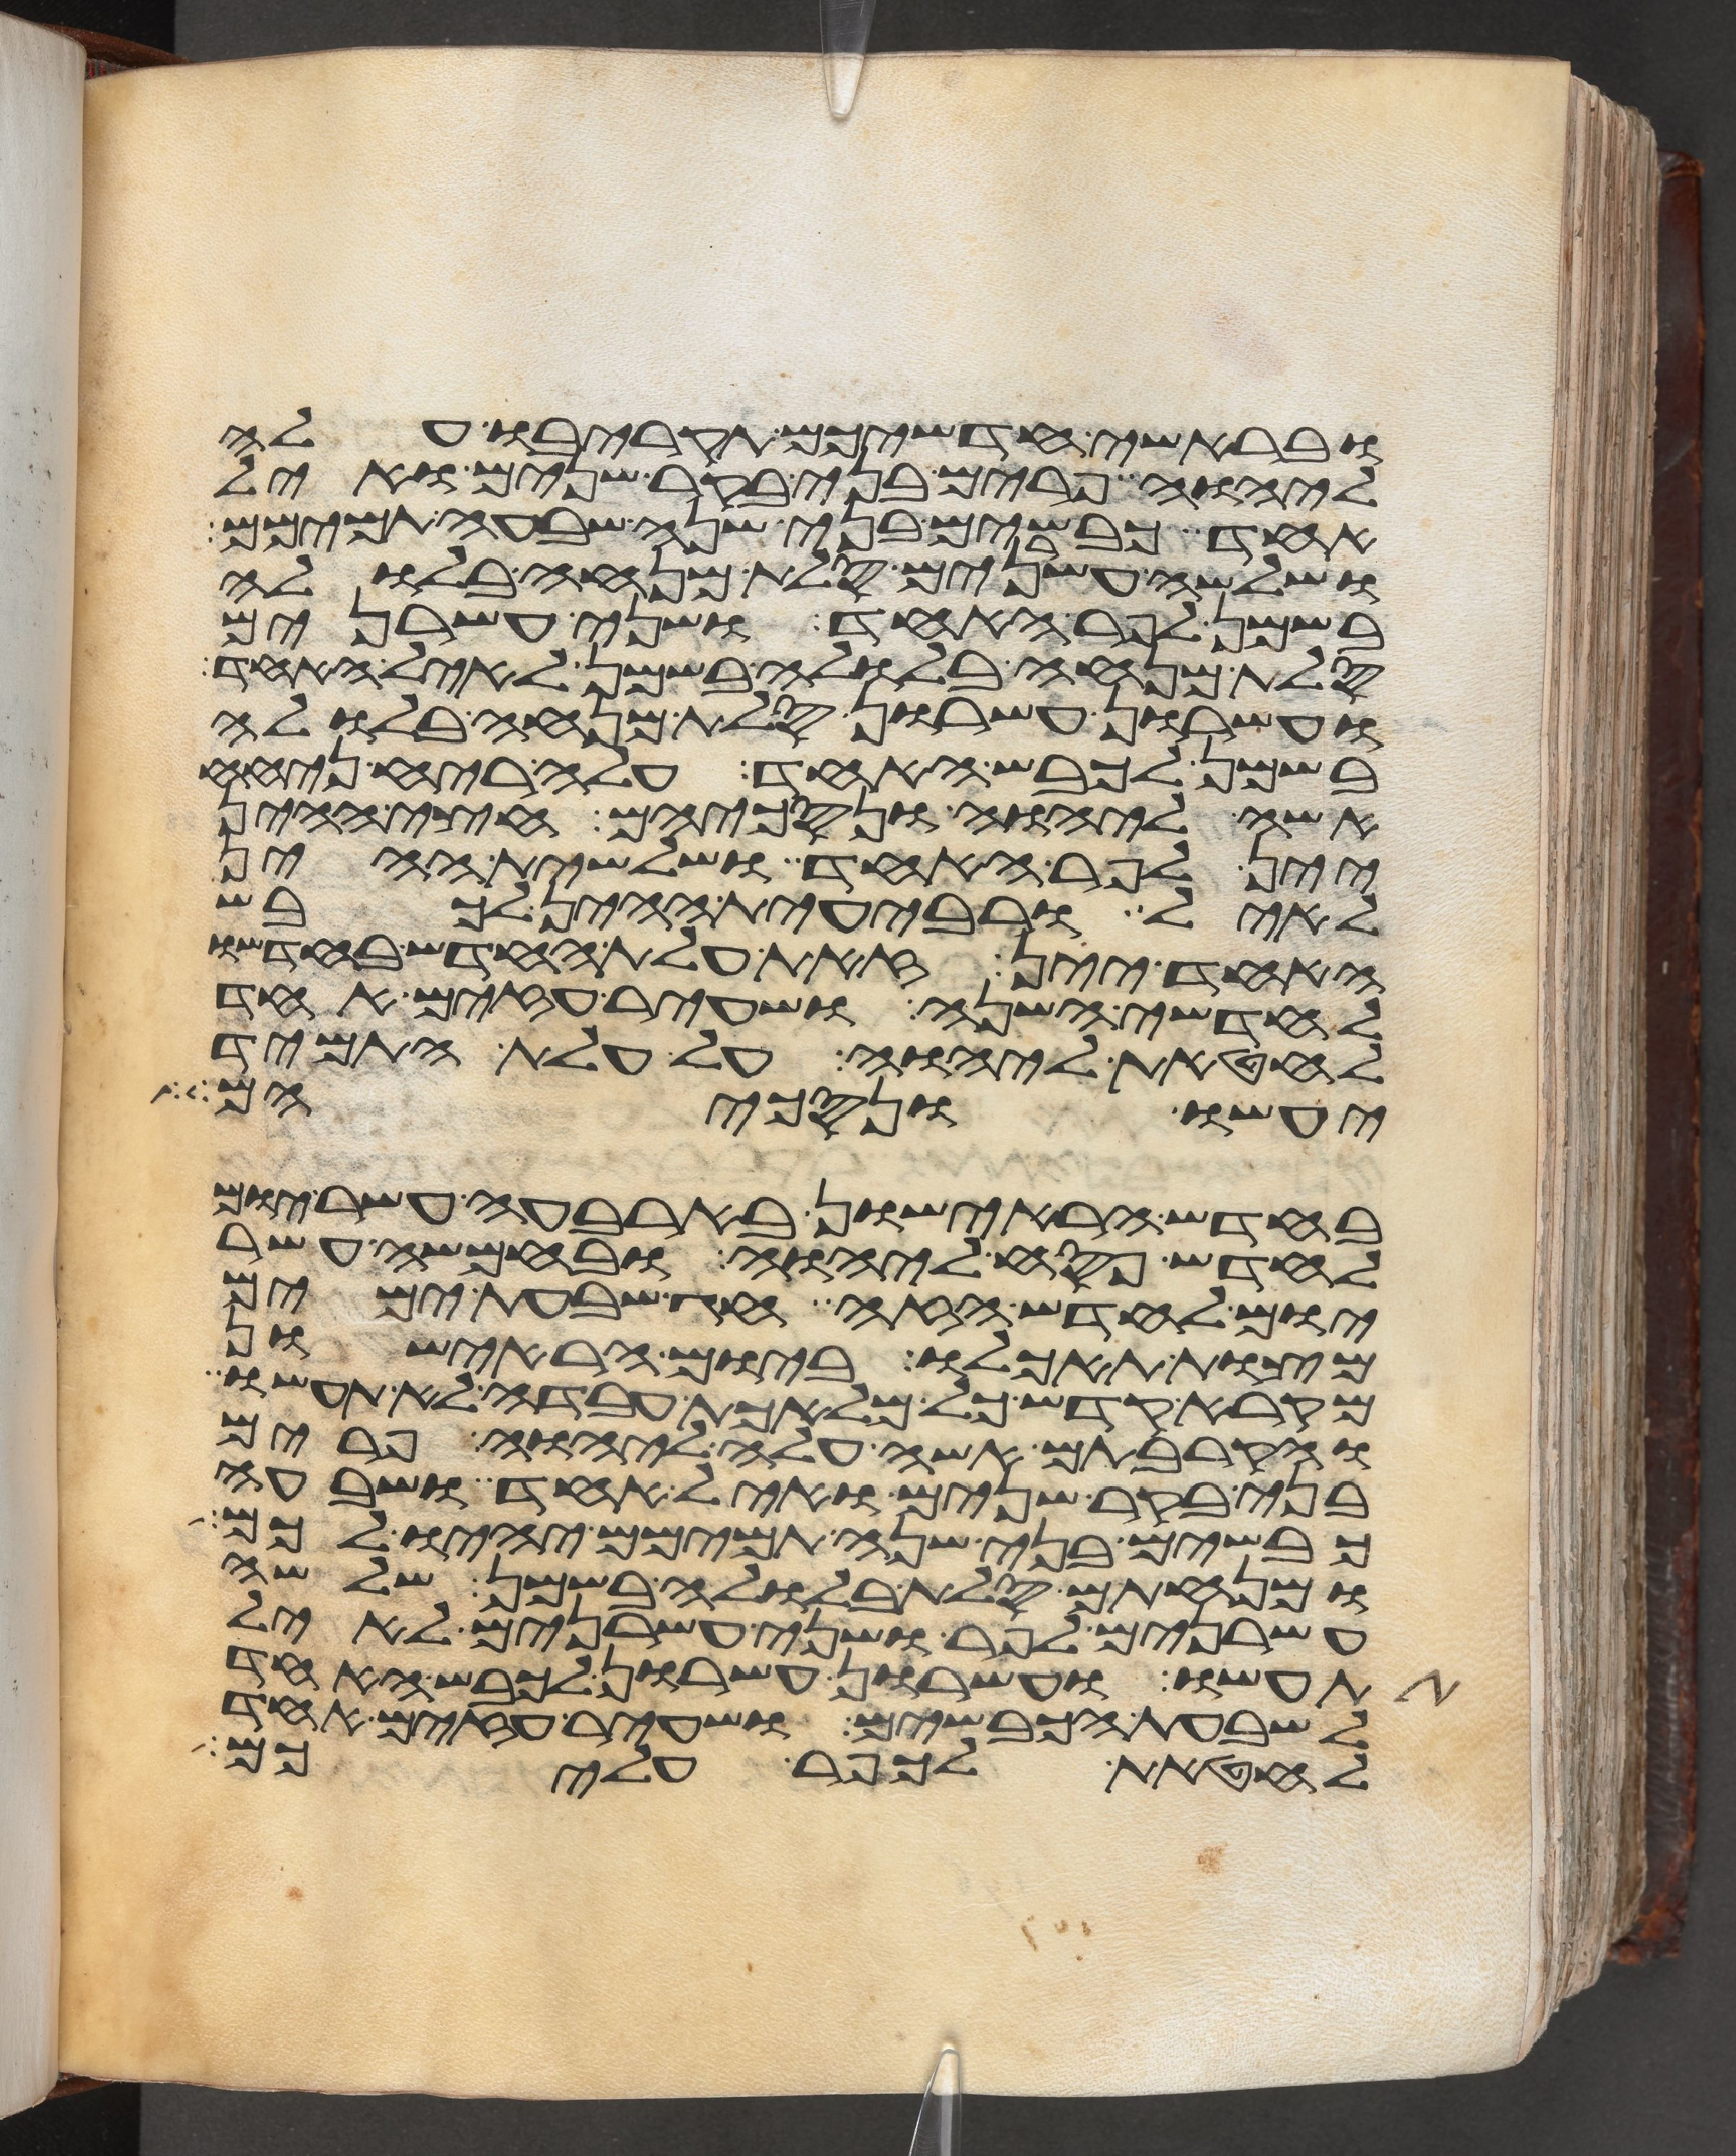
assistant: ובראשי חדשיכם תקריבו עלה
ליהוה פרים בני בקר שנים ואיל
אחד כבשים בני שנה שבעה תמימם
ושלשה עשרנים סלת מנחה בלולה
בשמן לפר האחד ושני עשרנים
סלת מנחה בלולה בשמן לאיל האחד
ועשרון עשרון סלת מנחה בלולה
בשמן לכבש האחד עלה ריח ניחח
אשה ליהוה ונסכיהם חצי ההין
יין לפר האחד ושלשית ההין
לאיל ורביעית ההין לכבש
האחד יין זאת עלת החדש בחדשו
לחדשי השנה ושעיר עזים אחד
לחטאת ליהוה על עלת התמיד
יעשו ונסכיהם
בחדש הראישון בארבעה עשר יום
לחדש פסח ליהוה ובחמשה עשר
יום לחדש הזה חג שבעת ימים
מצות תאכלו ביום הראישון
מקרא קדש כל מלאכת עבדה לא תעשו
והקרבתם אשה עלה ליהוה פרים
בני בקר שנים ואיל אחד ושבעה
כבשים בני שנה תמימם יהיו לכם
ומנחתם סלת בלולה בשמן שלשה
עשרנים לפר ושני עשרנים לאיל
תעשו ועשרון עשרון לכבש האחד
לשבעת הכבשים ושעיר עזים אחד
לחטאת לכפר עליכם